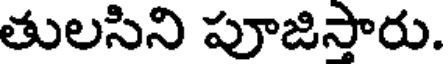
తులసిని పూజిసారు.